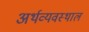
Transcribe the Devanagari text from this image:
अर्थव्यवस्थाल